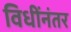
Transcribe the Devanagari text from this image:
विधींनंतर